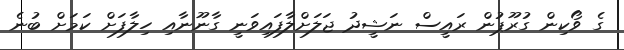
ގެ ވޯކިން ގުރޫޕުން ރައީސް ނަޝީދު ޖަލަށްލާފައިވަނީ ގާނޫނާއި ހިލާފަށް ކަމަށް ބުނެ